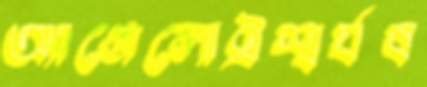
অ্যাঞ্জেলোঐশ্বর্যব